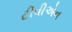
ટીવીએન